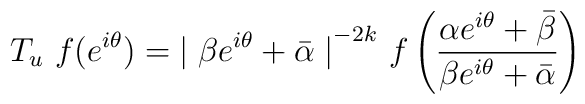
T_u~ f(e^{i \theta}) = {\mid \beta e^{i \theta} + \bar{\alpha}      \mid}^{-2k} ~ f\left( \frac{\alpha e^{i \theta} + \bar{\beta}}               {\beta e^{i \theta} + \bar{\alpha}}\right)